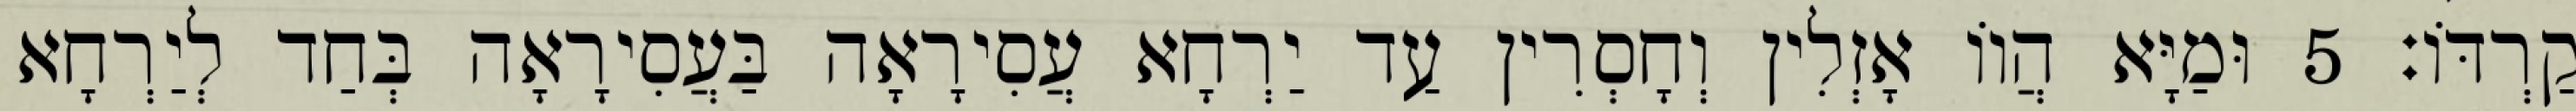
קַרְדּוֹ׃ 5 וּמַיָּא הֲווֹ אָזְלִין וְחָסְרִין עַד יַרְחָא עֲסִירָאָה בַּעֲסִירָאָה בְּחַד לְיַרְחָא